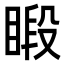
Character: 𥈨